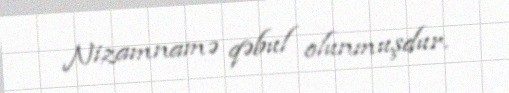
Nizamnamə qəbul olunmuşdur.